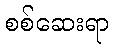
စစ်ဆေးရာ